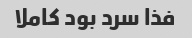
فذا سرد بود کاملا